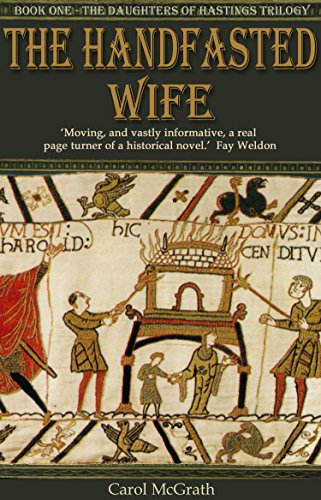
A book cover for The Handfasted Wife (The Daughters of Hastings Trilogy); Carol McGrath; Romance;